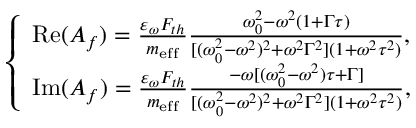
\left\{ \begin{array} { l l } { \mathrm { R e } ( A _ { f } ) = \frac { \varepsilon _ { \omega } F _ { t h } } { m _ { \mathrm { e f f } } } \frac { \omega _ { 0 } ^ { 2 } - \omega ^ { 2 } ( 1 + \Gamma \tau ) } { [ ( \omega _ { 0 } ^ { 2 } - \omega ^ { 2 } ) ^ { 2 } + \omega ^ { 2 } \Gamma ^ { 2 } ] ( 1 + \omega ^ { 2 } \tau ^ { 2 } ) } , } \\ { \mathrm { I m } ( A _ { f } ) = \frac { \varepsilon _ { \omega } F _ { t h } } { m _ { \mathrm { e f f } } } \frac { - \omega [ ( \omega _ { 0 } ^ { 2 } - \omega ^ { 2 } ) \tau + \Gamma ] } { [ ( \omega _ { 0 } ^ { 2 } - \omega ^ { 2 } ) ^ { 2 } + \omega ^ { 2 } \Gamma ^ { 2 } ] ( 1 + \omega ^ { 2 } \tau ^ { 2 } ) } , } \end{array} \right.